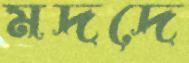
মদদে